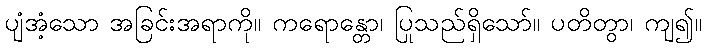
ပျံအံ့သော အခြင်းအရာကို။ ကရောန္တော၊ ပြုသည်ရှိသော်။ ပတိတွာ၊ ကျ၍။